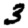
Digit: 3